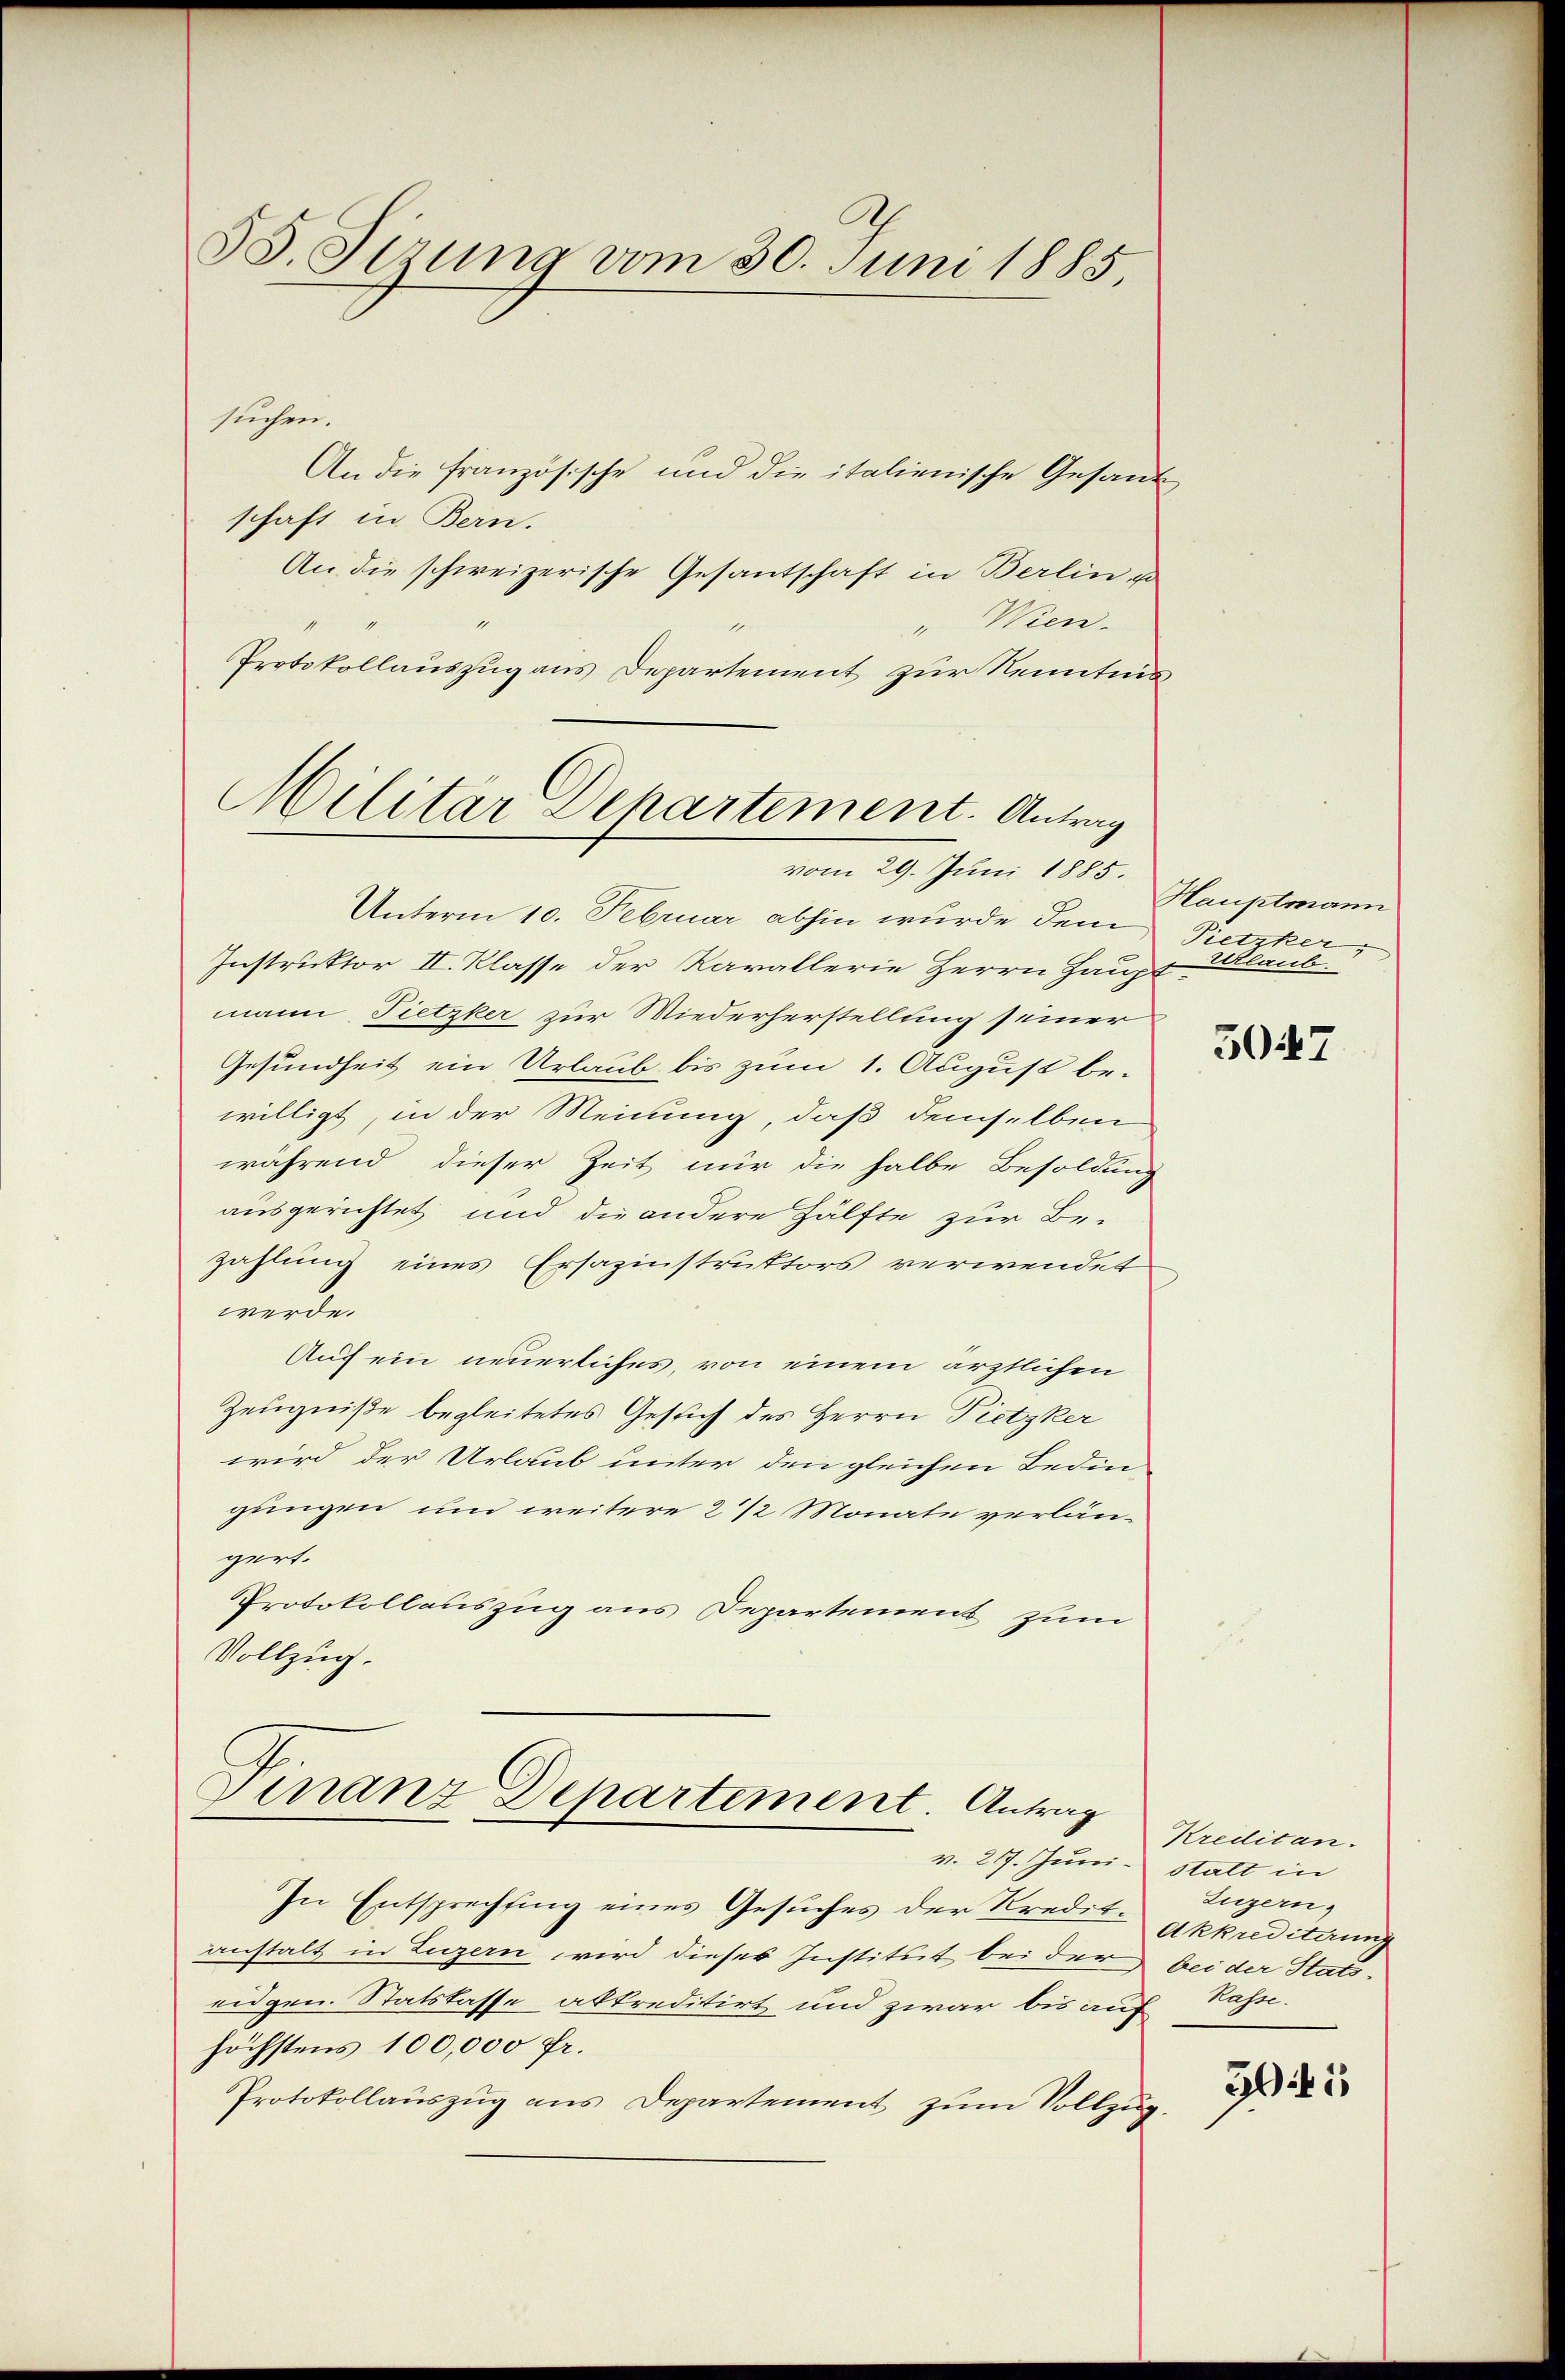
58. Sizung vom 30. Juni 1885,

suchen.
An die französische und die italienische Gesand
schaft in Bern.
An die schweizerische Gesantschaft in Berlin vo
" Wien.
Protokollauszug aus Departement zur Kenntnis¬

Militar Departement. Antrag
vom 29. Juni 1885.

Unterm 10. Februar abhin wurde dem
Instruktor II. Klasse der Karallerie Herrn Haupt
mann Pietzker zur Wiederherstellung seiner
Gesundheit ein Urlaub bis zum 1. August bewilligt, in der Meinung, daß demselben
während dieser Zeit nur die halbe Besoldung
ausgerichtet und die andere Hälfte zur Be-
zahlung eines Ersazinstruktors verwendet
werde.
Auf ein neuerliches, von einem ärztlichen
Zeugniße begleitetes Gesuch des Herrn Pietzker
wird der Urlaub unter den gleichen Bedin-
gungen und weitere 2 1/2 Monate verlängert.
Protokollauszug aus Departement zum
Vollzug.

Finanz Departement. Antrag

In Entsprechtung eines Gesuches der Kreditanstalt in Luzern wird dieses Institut bei der bei der Statseidgen. Statslasse abtreditirt und zwar bis auf
höchstens 100,000 fr.
Protokollauszug aus Departement zum Vollzug.

v. 217. Juni stalt in

Hauptmann
Pietzker,
Urlaub.

5047

Kreditan.
Luzern,
Akkrediterung
Rasse.

5945